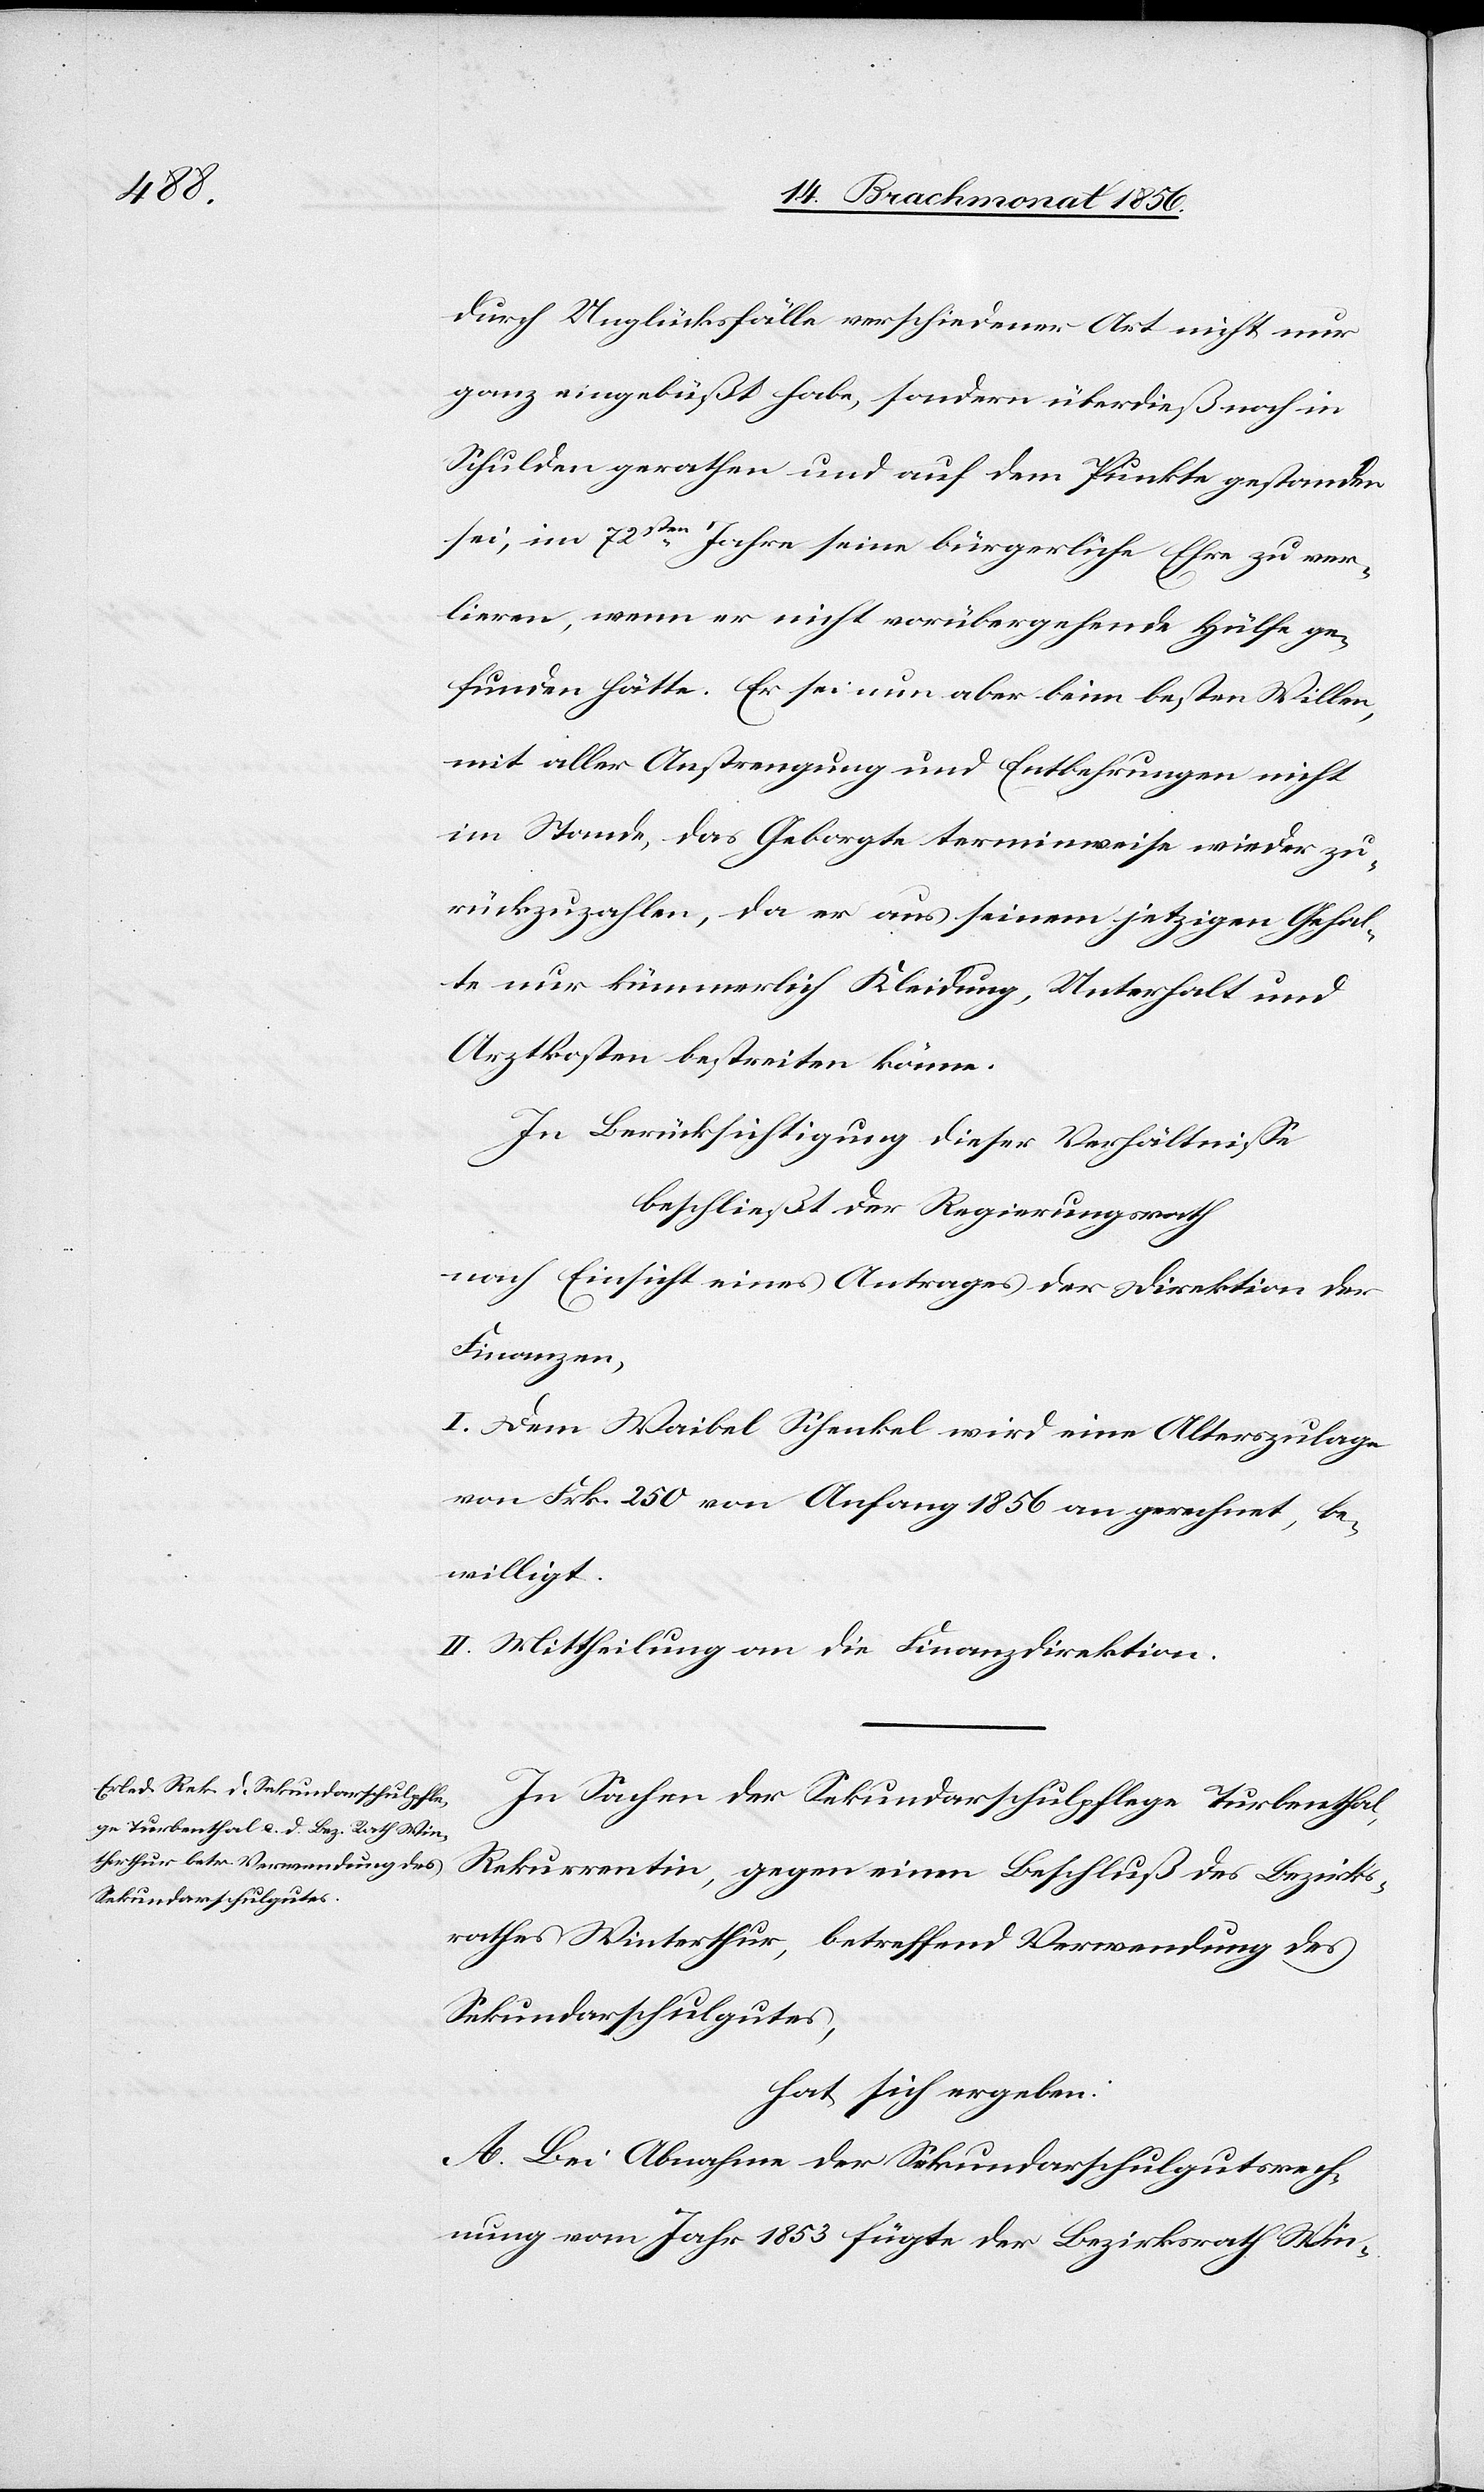
durch Unglücksfälle verschiedener Art nicht nur
ganz eingebüßt habe, sondern überdieß noch in
Schulden gerathen und auf dem Punkte gestanden
sei, im 72sten Jahre seine bürgerliche Ehre zu ver¬
lieren, wenn er nicht vorübergehende Hülfe ge¬
funden hätte. Er sei nun aber beim besten Willen,
mit aller Anstrengung und Entbehrungen nicht
im Stande, das Geborgte terminweise wieder zu¬
rückzuzahlen, da er aus seinem jetzigen Gehal¬
te nur kümmerlich Kleidung, Unterhalt und
Arztkosten bestreiten könne.
In Berücksichtigung dieser Verhältnisse
beschließt der Regierungsrath
nach Einsicht eines Antrages der Direktion der
Finanzen,
I. Dem Waibel Schenkel wird eine Alterszulage
von Frk. 250 von Anfang 1856 an gerechnet, be¬
willigt.
II. Mittheilung an die Finanzdirektion.
In Sachen der Sekundarschulpflege Turbenthal,
Rekurrentin, gegen einen Beschluß des Bezirks¬
rathes Winterthur, betreffend Verwendung des
Sekundarschulgutes,
hat sich ergeben:
A. Bei Abnahme der Sekundarschulgutsrech¬
nung vom Jahr 1853 fügte der Bezirksrath Win-